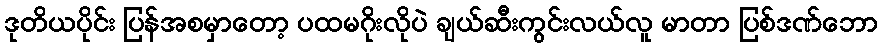
ဒုတိယပိုင်း ပြန်အစမှာတော့ ပထမဂိုးလိုပဲ ချယ်ဆီးကွင်းလယ်လူ မာတာ ပြစ်ဒဏ်ဘော